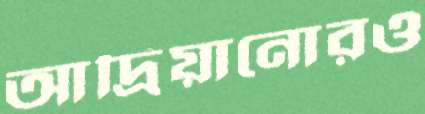
আদ্রিয়ানোরও